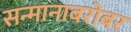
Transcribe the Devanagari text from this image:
सन्मानाबरोबर